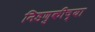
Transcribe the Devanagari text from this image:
निडणुकीच्या